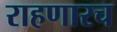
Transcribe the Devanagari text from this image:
राहणारच